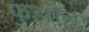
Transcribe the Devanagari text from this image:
फझील